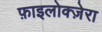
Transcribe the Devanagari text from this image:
फ़ाइलोक्ज़ेरा